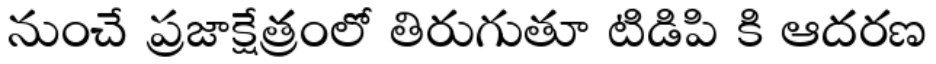
నుంచే ప్రజాక్షేత్రంలో తిరుగుతూ టిడిపి కి ఆదరణ